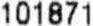
101871